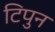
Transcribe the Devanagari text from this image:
टिपुन